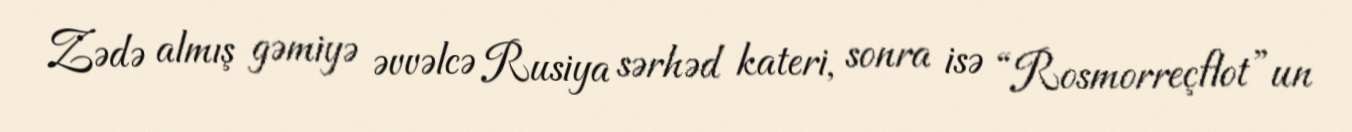
Zədə almış gəmiyə əvvəlcə Rusiya sərhəd kateri, sonra isə “Rosmorreçflot”un